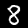
Label: 8